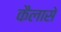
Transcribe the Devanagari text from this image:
कैलासे